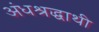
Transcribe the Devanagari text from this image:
अंधश्रद्धाथी